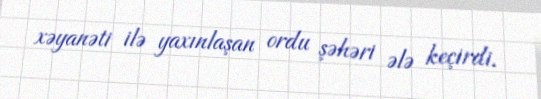
xəyanəti ilə yaxınlaşan ordu şəhəri ələ keçirdi.